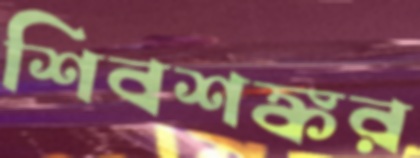
শিবশঙ্কর